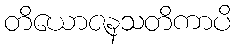
တိယောဇနသတိကာပိ